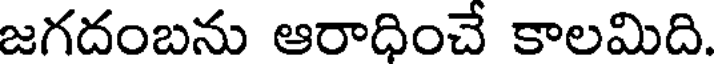
జగదంబను ఆరాధించే కాలమిది.